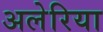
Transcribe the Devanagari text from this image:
अलेरिया